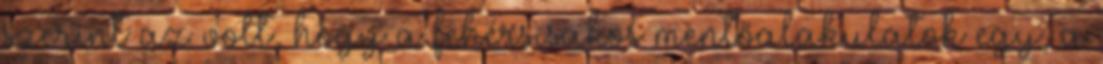
szerint az volt, hogy a fehérsisakos mentőalakulatok egy, a